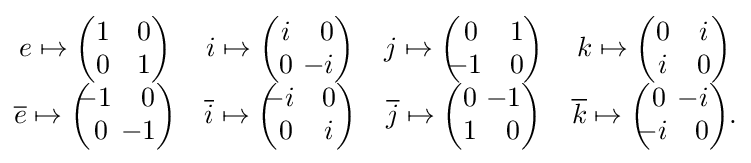
{\begin{matrix}e\mapsto {\begin{pmatrix}1&0\\0&1\end{pmatrix}}&i\mapsto {\begin{pmatrix}i&0\\0&\!\!\!\!-i\end{pmatrix}}&j\mapsto {\begin{pmatrix}0&1\\\!\!\!-1&0\end{pmatrix}}&k\mapsto {\begin{pmatrix}0&i\\i&0\end{pmatrix}}\\{\overline {e}}\mapsto {\begin{pmatrix}\!\!\!-1&0\\0&\!\!\!\!-1\end{pmatrix}}&{\overline {i}}\mapsto {\begin{pmatrix}\!\!\!-i&0\\0&i\end{pmatrix}}&{\overline {j}}\mapsto {\begin{pmatrix}0&\!\!\!\!-1\\1&0\end{pmatrix}}&{\overline {k}}\mapsto {\begin{pmatrix}0&\!\!\!\!-i\\\!\!\!-i&0\end{pmatrix}}.\end{matrix}}